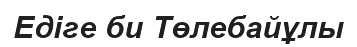
Едіге би Төлебайұлы